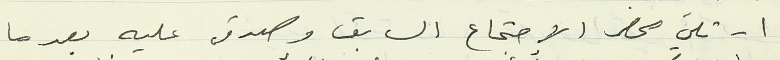
١ - تلي محضر الاجتماع السابق وصدق عليه بعدما